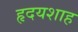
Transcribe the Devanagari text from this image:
हृदयशाह